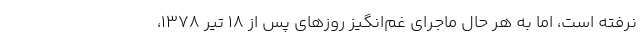
نرفته است، اما به هر حال ماجرای غم‌انگیز روزهای پس از ۱۸ تیر ۱۳۷۸،